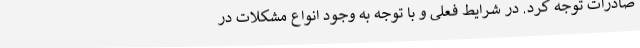
صادرات توجه کرد. در شرایط فعلی و با توجه به وجود انواع مشکلات در